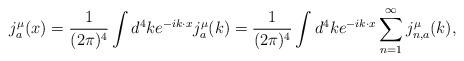
LaTeX: \begin{align*}j^\mu_a(x)={1\over (2\pi)^4}\int d^4k e^{-ik\cdot x}j^{\mu}_a(k) ={1\over (2\pi)^4}\int d^4k e^{-ik\cdot x} \sum\limits_{n=1}^{\infty} j^{\mu}_{n,a}(k),\end{align*}